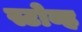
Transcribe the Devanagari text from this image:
स्टोव्ह